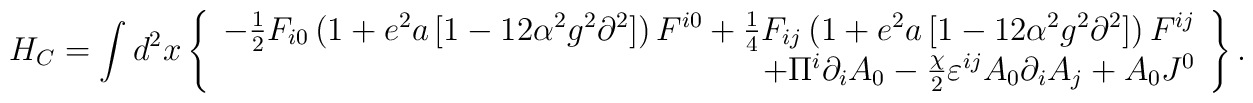
H_C  = \int {d^2 } x\left\{ \begin{array}{r}  - \frac{1}{2}F_{i0} \left( {1 + e^2 a\left[ {1 - 12\alpha ^2 g^2\partial ^2 } \right]} \right) F^{i0}  + \frac{1}{4}F_{ij}\left( {1 + e^2 a\left[ {1 - 12\alpha ^2 g^2\partial ^2 } \right]} \right)  F^{ij} \\ +\Pi ^i \partial _i A_0  - \frac{\chi}{2} \varepsilon ^{ij} A_0\partial _i A_j + A_0 J^0  \\\end{array} \right\} .